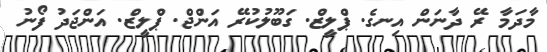
މާދަމާ ރޭ ދާނަން އިނގެ. ޕްލީޒް. ގަބޫލުކުރޭ އަންޖް. ޕްލީޒް. އަންޖަދު ފޯނު